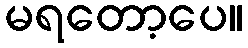
မရတော့ပေ။